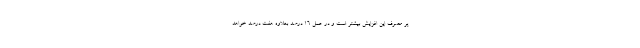
پر مصرف این افزایش بیشتر است و در عمل ۱۶ درصد بعلاوه هفت درصد خواهد